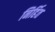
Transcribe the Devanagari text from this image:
निर्हित